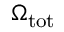
\Omega _ { \mathrm { t o t } }